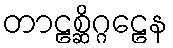
တာဠစ္ဆိဂ္ဂဠေန